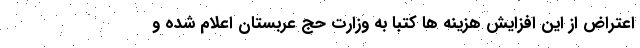
اعتراض از این افزایش هزینه ها کتبا به وزارت حج عربستان اعلام شده و